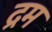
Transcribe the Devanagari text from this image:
द्रम